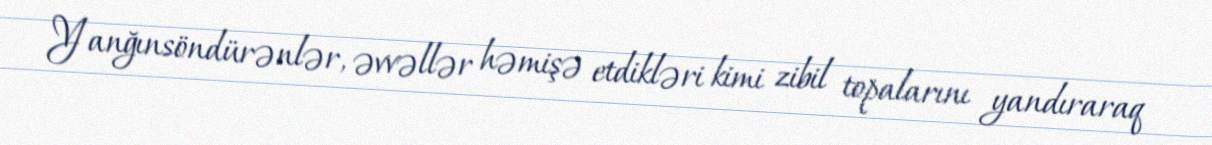
Yanğınsöndürənlər, əvvəllər həmişə etdikləri kimi zibil topalarını yandıraraq